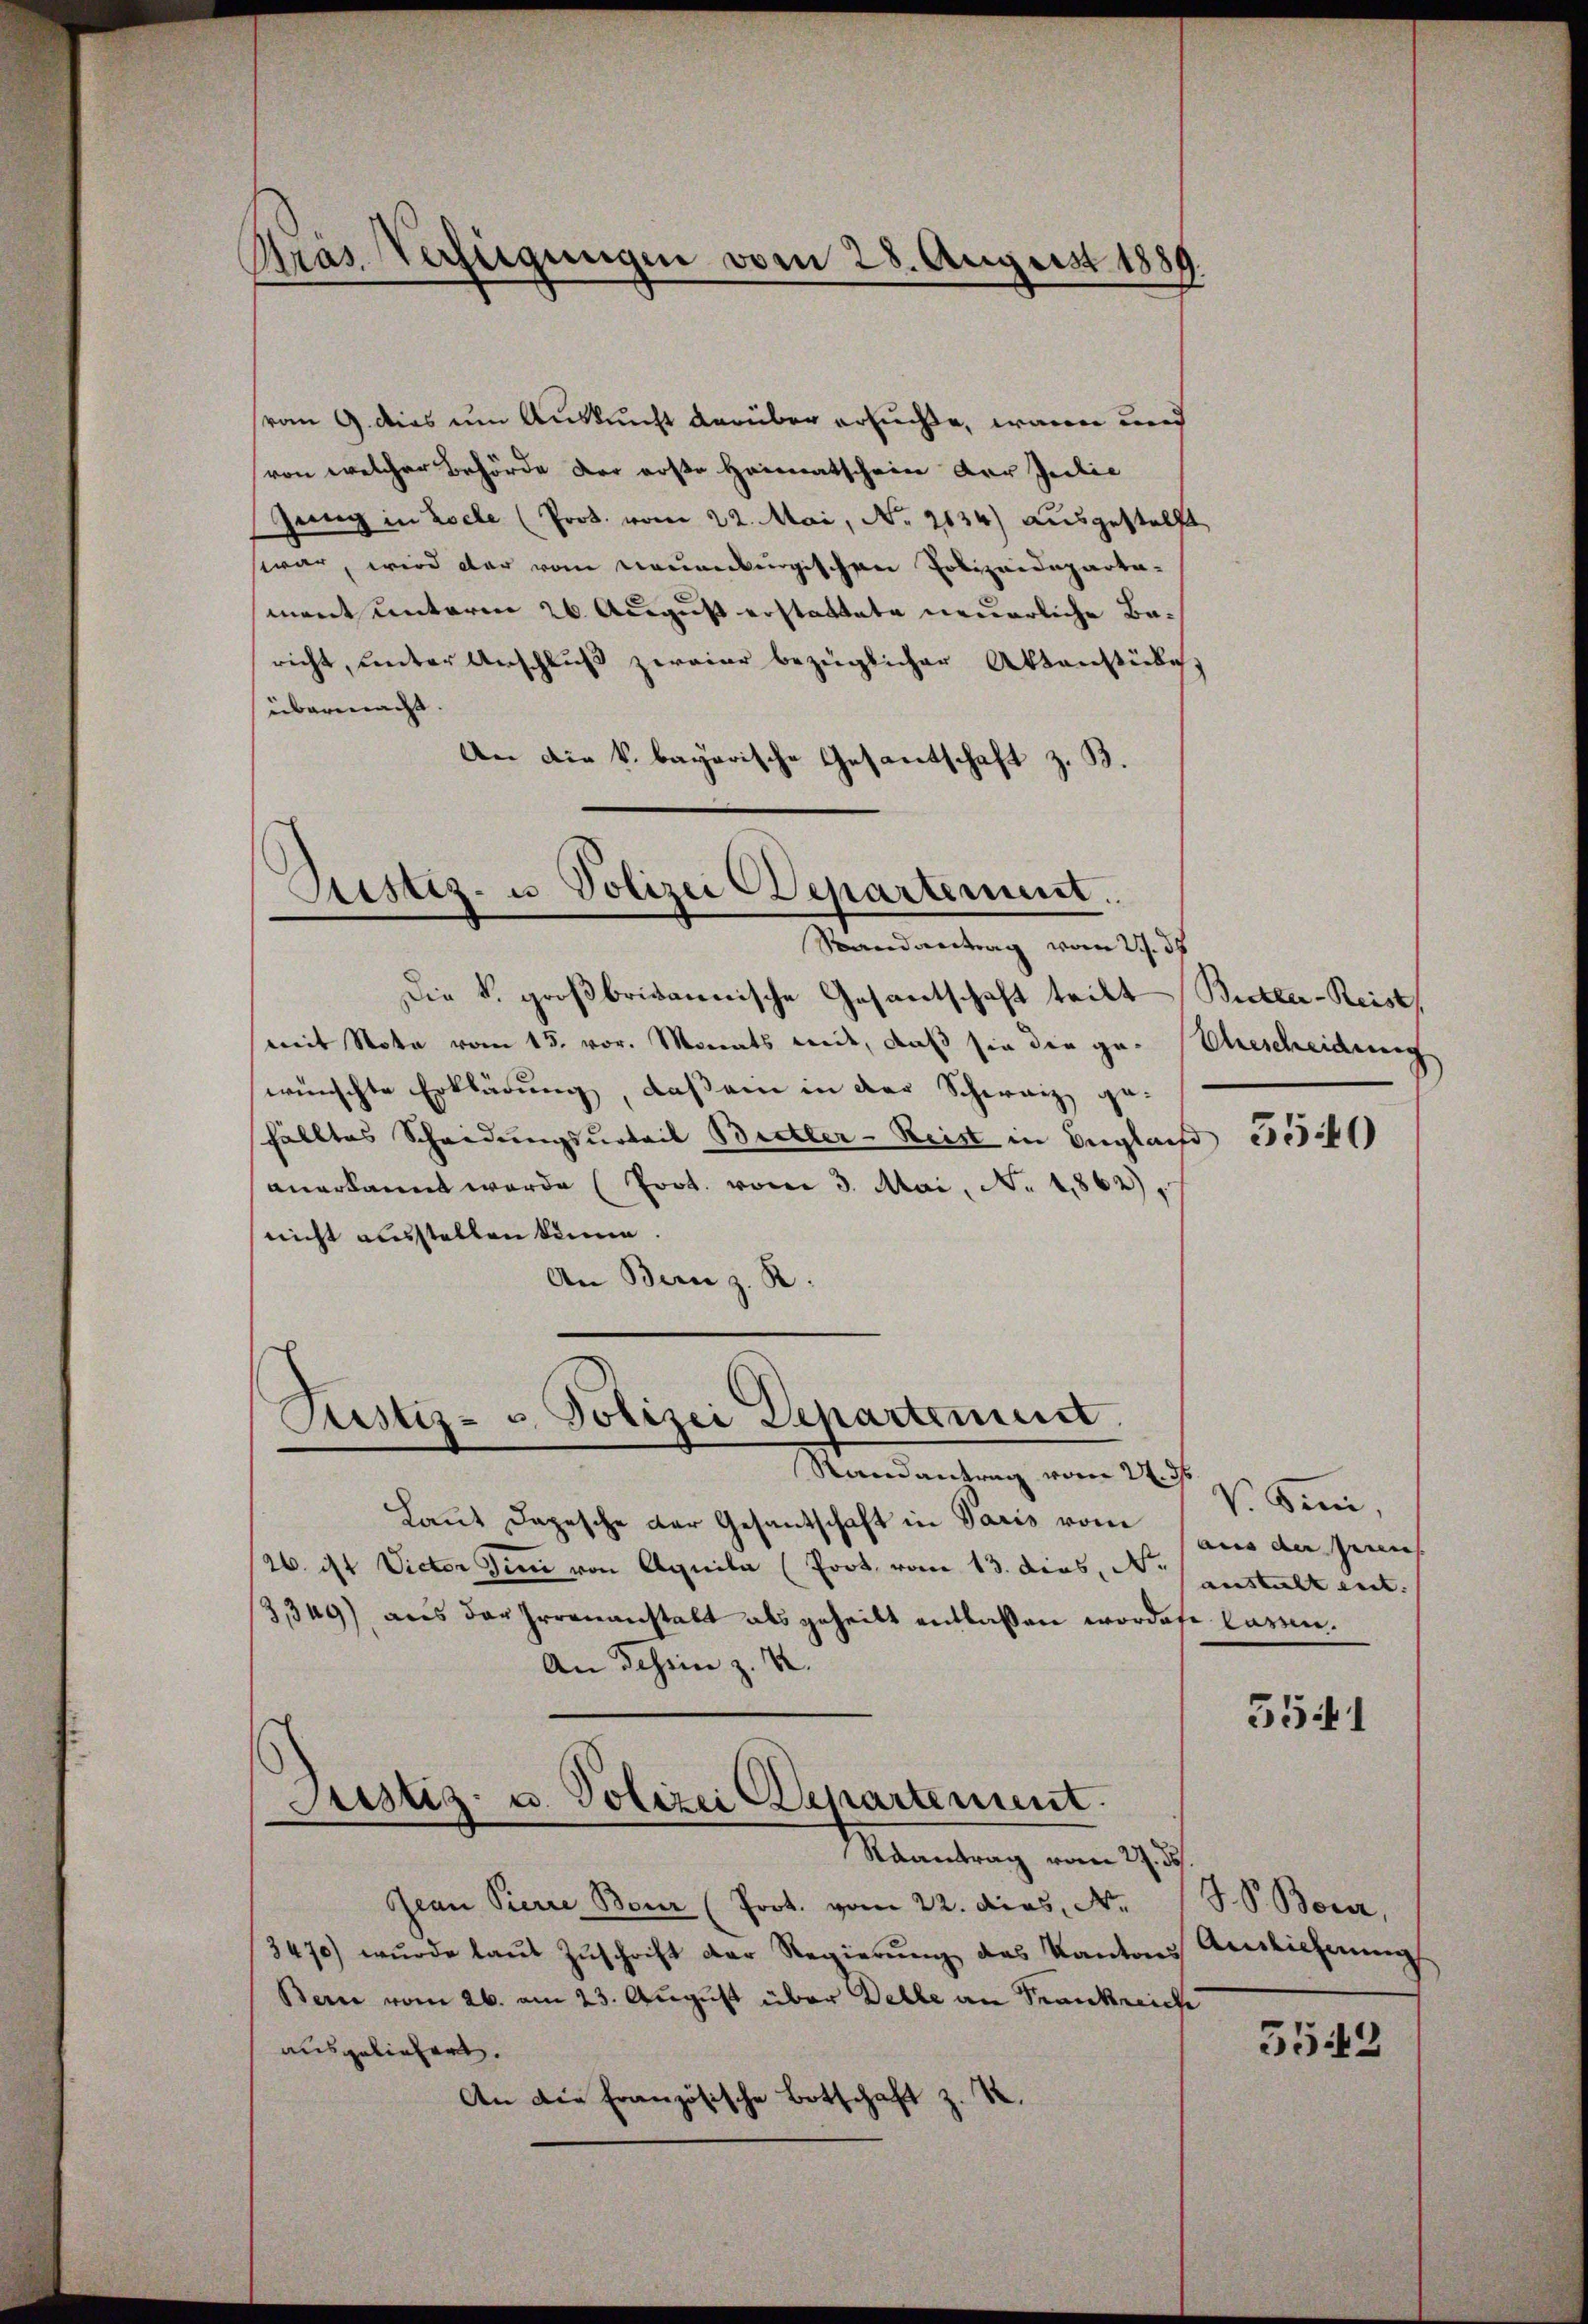
Pras Verfügungen vom 28. August 1889

vom 9. dies um Auskunft darüber ersuchte, wann und
von welcher Behörde der erste Heimatschein der Geilic
Gang in Loche (Prot. vom 22. Mai, No. 2134) ausgestellt,
war, wird der vom neuenburgischen Polizeideparta-
ment unterm 26. August erstattete neuerliche Baricht, unter Anschlŭβ zweier bezüglicher Aktenstücke,
übermacht.
An die k. bayorische Gesantschaft z. B.

Ristiz- u Polizei Departement.
Randantrag vom 21. 37

Die k. großbritannische Gesantschaft teilt Butter-Reist,
mit Nota vom 15. vor. Monats mit, daß sie die ge-
wünschte Erklärung, daß ein in der Schweiz gehälltes Scheidungsurteil Bretter-Reist in Englais
anerkannt werde (Prot. vom 3. Mai, No. 1862),
nicht ausstellen könne.
An Bern z. R.
Randantrag vom 27. ds
Laut Depesche der Gesantschaft in Paris vom
26. ist Victor Tini von Aquila (Prot. vom 13. dies, N.
3349) aus der Irrenanstalt als geheilt entlassen worden lassen.
An Tessine z. B.
Justiz- u. Polizei Departement.
Raantrag vom 27. ds
Jean Pierre Bour (Prot. vom 22. dies, N.
3470) wurde laŭt Zŭschrift der Regierŭng des Kantons
Bern vom 26. am 23. August über Delle an Frankreiche
ausgeliefert.
An die Französische Botschaft z. K.

Pustiz- u. Polizei Departemest

Aescheidung

)

5540

V. Sein,
aus an seies
anstalt ent. |

3541

S. S. Bern,
Auslicherung
5543